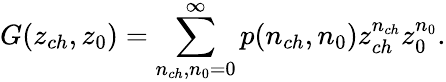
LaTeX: G(z_{ch},z_{0})=\sum_{n_{ch},n_{0}=0}^{\infty}p(n_{ch},n_{0})z_{ch}^{n_{ch}}z_{0}^{n_{0}}.